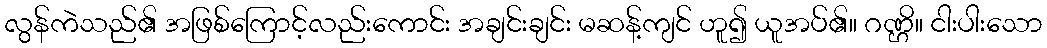
လွန်ကဲသည်၏ အဖြစ်ကြောင့်လည်းကောင်း အချင်းချင်း မဆန့်ကျင် ဟူ၍ ယူအပ်၏။ ဂဏ္ဌိ။ ငါးပါးသော